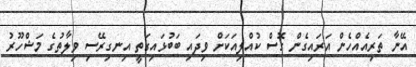
އޭނާ ތަރިއެއްހެން އަރައިގެން ގޮސް ކުއްލިއަކަށް ވިދައި ބަބުޅައިގަތީ އިނގިރޭސި ވިލާތުގެ މަޝްހޫރު